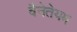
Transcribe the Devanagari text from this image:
वैनेतेयम